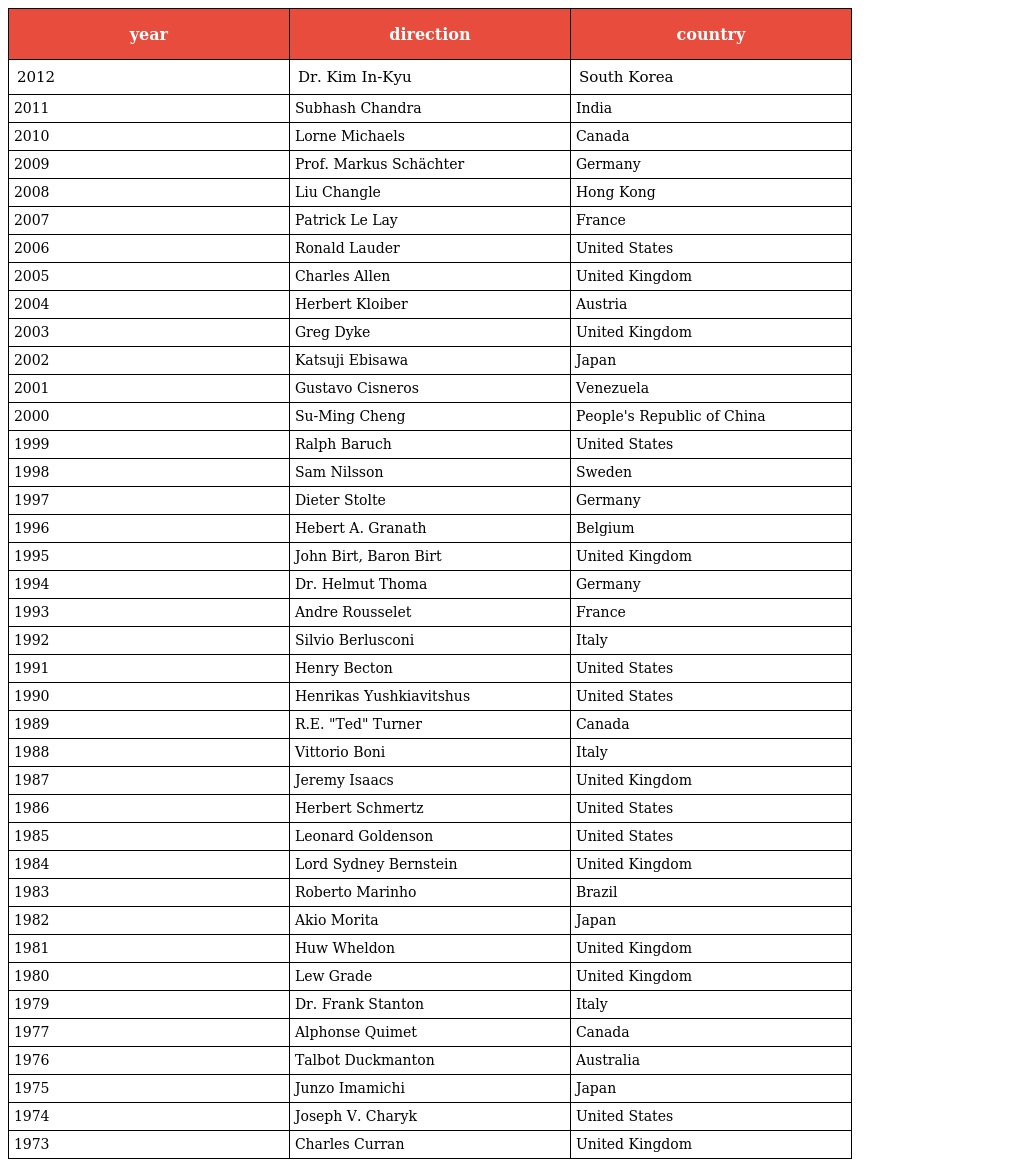
| year | direction | country |
 | --- | --- | --- |
 | 2012 | Dr. Kim In-Kyu | South Korea |
 | 2011 | Subhash Chandra | India |
 | 2010 | Lorne Michaels | Canada |
 | 2009 | Prof. Markus Schächter | Germany |
 | 2008 | Liu Changle | Hong Kong |
 | 2007 | Patrick Le Lay | France |
 | 2006 | Ronald Lauder | United States |
 | 2005 | Charles Allen | United Kingdom |
 | 2004 | Herbert Kloiber | Austria |
 | 2003 | Greg Dyke | United Kingdom |
 | 2002 | Katsuji Ebisawa | Japan |
 | 2001 | Gustavo Cisneros | Venezuela |
 | 2000 | Su-Ming Cheng | People's Republic of China |
 | 1999 | Ralph Baruch | United States |
 | 1998 | Sam Nilsson | Sweden |
 | 1997 | Dieter Stolte | Germany |
 | 1996 | Hebert A. Granath | Belgium |
 | 1995 | John Birt, Baron Birt | United Kingdom |
 | 1994 | Dr. Helmut Thoma | Germany |
 | 1993 | Andre Rousselet | France |
 | 1992 | Silvio Berlusconi | Italy |
 | 1991 | Henry Becton | United States |
 | 1990 | Henrikas Yushkiavitshus | United States |
 | 1989 | R.E. "Ted" Turner | Canada |
 | 1988 | Vittorio Boni | Italy |
 | 1987 | Jeremy Isaacs | United Kingdom |
 | 1986 | Herbert Schmertz | United States |
 | 1985 | Leonard Goldenson | United States |
 | 1984 | Lord Sydney Bernstein | United Kingdom |
 | 1983 | Roberto Marinho | Brazil |
 | 1982 | Akio Morita | Japan |
 | 1981 | Huw Wheldon | United Kingdom |
 | 1980 | Lew Grade | United Kingdom |
 | 1979 | Dr. Frank Stanton | Italy |
 | 1977 | Alphonse Quimet | Canada |
 | 1976 | Talbot Duckmanton | Australia |
 | 1975 | Junzo Imamichi | Japan |
 | 1974 | Joseph V. Charyk | United States |
 | 1973 | Charles Curran | United Kingdom |